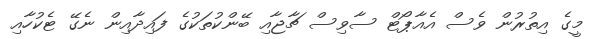
މީގެ އިތުރުން ވެސް އެއާޕޯޓް ސާވިސް ޗާޖާއި ބޭންކުތަކުގެ ފައިދާއިން ނެގޭ ޓެކުހާއި